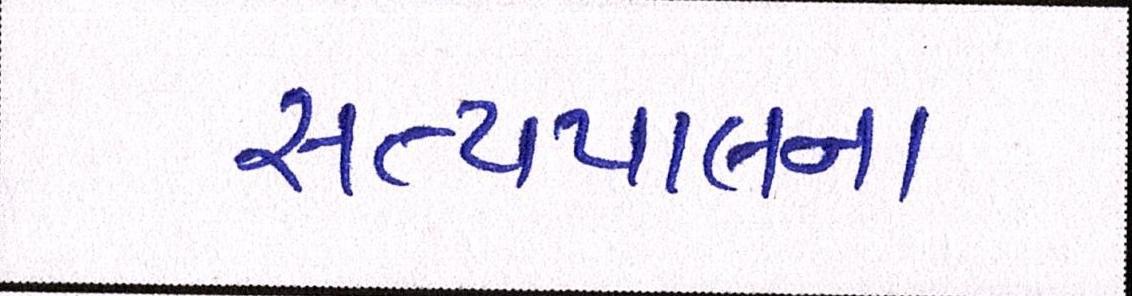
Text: સત્યપાલના